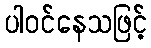
ပါဝင်နေသဖြင့်